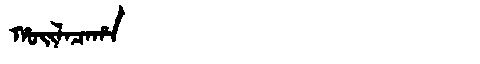
Manchu: ᡥᠣᡳᠯᠠᠴᠠᡥᠠ
Romanization: HOILACAHA